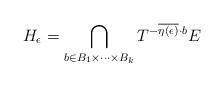
LaTeX: \begin{align*}H_\epsilon=\bigcap_{b \in B_1 \times \cdots \times B_k}T^{-\overline{\eta(\epsilon)}\cdot b} E\end{align*}